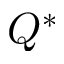
Q ^ { * }